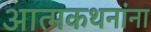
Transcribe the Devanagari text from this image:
आत्मकथनांना